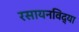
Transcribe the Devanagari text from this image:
रसायनविद्या